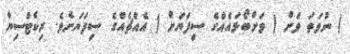
) ނުވަތަ ވަށް ( ވަށްބޯޅައެއްގެ ސިފަޔަށް ) އެއްޗެއްގެ ސިފަޔަށެވެ. ރިކެޓްސިޔާ